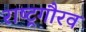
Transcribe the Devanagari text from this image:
राष्‍ट्रगौरव